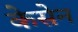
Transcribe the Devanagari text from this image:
केसेन